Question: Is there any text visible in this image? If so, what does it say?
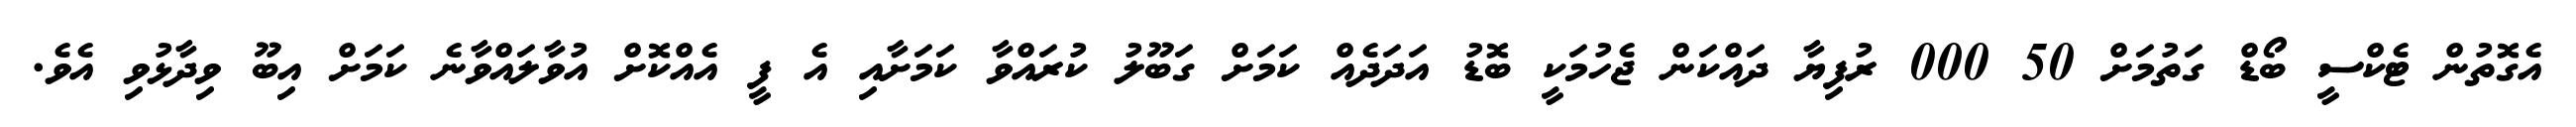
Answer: އެގޮތުން ޓެކްސީ ބޯޑް ގަތުމަށް 50 000 ރުފިޔާ ދައްކަން ޖެހުމަކީ ބޮޑު އަދަދެއް ކަމަށް ގަބޫލު ކުރައްވާ ކަމަށާއި އެ ފީ އެއްކޮށް އުވާލައްވާނެ ކަމަށް އިބޫ ވިދާޅުވި އެވެ.